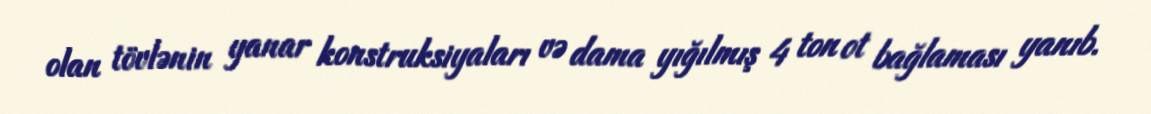
olan tövlənin yanar konstruksiyaları və dama yığılmış 4 ton ot bağlaması yanıb.